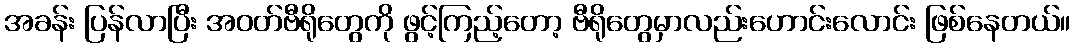
အခန်း ပြန်လာပြီး အဝတ်ဗီရိုတွေကို ဖွင့်ကြည့်တော့ ဗီရိုတွေမှာလည်းဟောင်းလောင်း ဖြစ်နေတယ်။